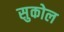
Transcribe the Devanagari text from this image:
सुकोल